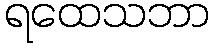
ရထေသဘာ